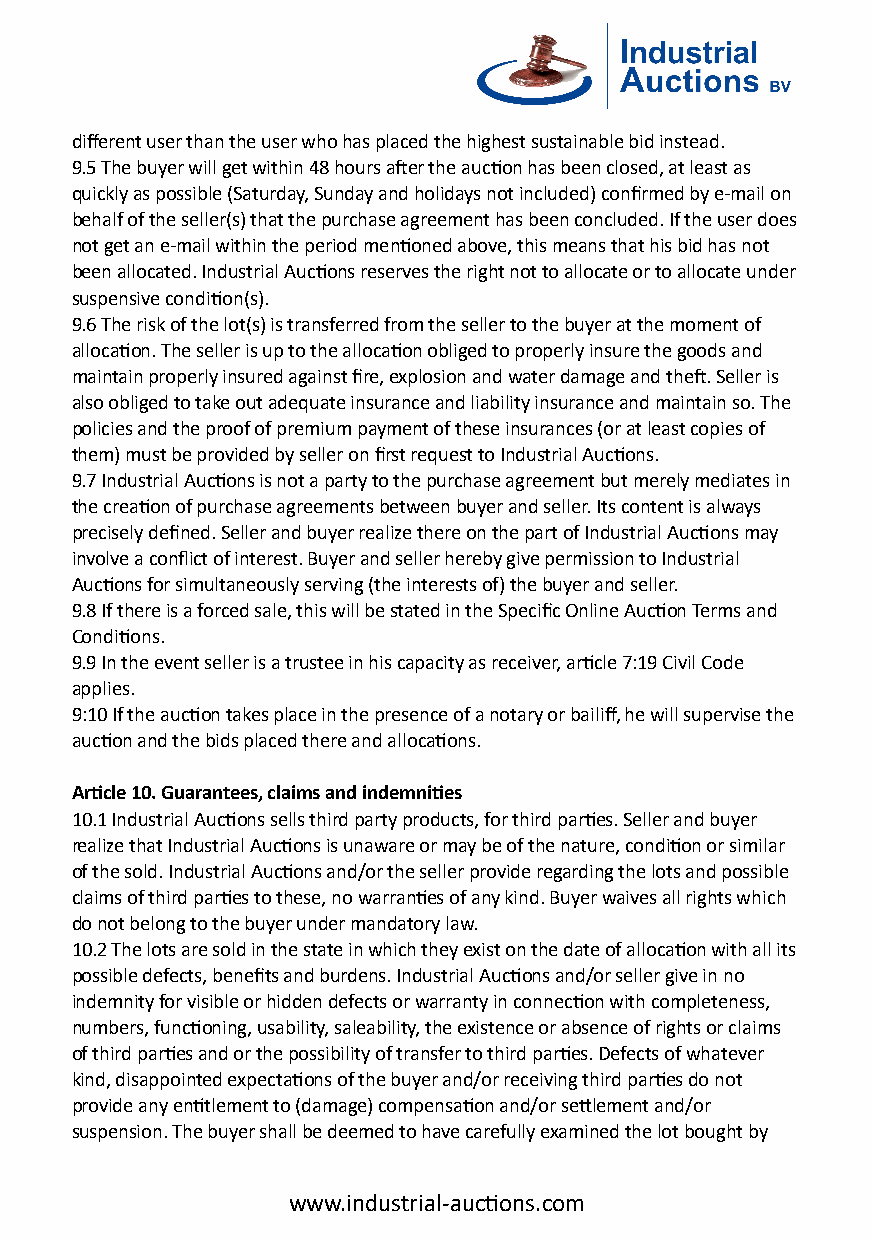
different user than the user who has placed the highest sustainable bid instead.
 9.5 The buyer will get within 48 hours a�er the auc�on has been closed, at least as
 quickly as possible (Saturday, Sunday and holidays not included) confirmed by e-mail on
 behalf of the seller(s) that the purchase agreement has been concluded. If the user does
 not get an e-mail within the period men�oned above, this means that his bid has not
 been allocated. Industrial Auc�ons reserves the right not to allocate or to allocate under
 suspensive condi�on(s).
 9.6 The risk of the lot(s) is transferred from the seller to the buyer at the moment of
 alloca�on. The seller is up to the alloca�on obliged to properly insure the goods and
 maintain properly insured against fire, explosion and water damage and the�. Seller is
 also obliged to take out adequate insurance and liability insurance and maintain so. The
 policies and the proof of premium payment of these insurances (or at least copies of
 them) must be provided by seller on first request to Industrial Auc�ons.
 9.7 Industrial Auc�ons is not a party to the purchase agreement but merely mediates in
 the crea�on of purchase agreements between buyer and seller. Its content is always
 precisely defined. Seller and buyer realize there on the part of Industrial Auc�ons may
 involve a conflict of interest. Buyer and seller hereby give permission to Industrial
 Auc�ons for simultaneously serving (the interests of) the buyer and seller.
 9.8 If there is a forced sale, this will be stated in the Specific Online Auc�on Terms and
 Condi�ons.
 9.9 In the event seller is a trustee in his capacity as receiver, ar�cle 7:19 Civil Code
 applies.
 9:10 If the auc�on takes place in the presence of a notary or bailiff, he will supervise the
 auc�on and the bids placed there and alloca�ons.
 Ar�cle 10. Guarantees, claims and indemni�es
 10.1 Industrial Auc�ons sells third party products, for third par�es. Seller and buyer
 realize that Industrial Auc�ons is unaware or may be of the nature, condi�on or similar
 of the sold. Industrial Auc�ons and/or the seller provide regarding the lots and possible
 claims of third par�es to these, no warran�es of any kind. Buyer waives all rights which
 do not belong to the buyer under mandatory law.
 10.2 The lots are sold in the state in which they exist on the date of alloca�on with all its
 possible defects, benefits and burdens. Industrial Auc�ons and/or seller give in no
 indemnity for visible or hidden defects or warranty in connec�on with completeness,
 numbers, func�oning, usability, saleability, the existence or absence of rights or claims
 of third par�es and or the possibility of transfer to third par�es. Defects of whatever
 kind, disappointed expecta�ons of the buyer and/or receiving third par�es do not
 provide any en�tlement to (damage) compensa�on and/or se�lement and/or
 suspension. The buyer shall be deemed to have carefully examined the lot bought by
 www.industrial-auc�ons.com